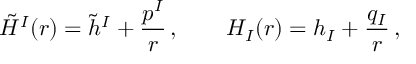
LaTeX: \tilde { H } ^ { I } ( r ) = \tilde { h } ^ { I } + { \frac { p ^ { I } } { r } } \, , \qquad H _ { I } ( r ) = h _ { I } + { \frac { q _ { I } } { r } } \, ,